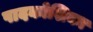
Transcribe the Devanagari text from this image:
पादकोशिका